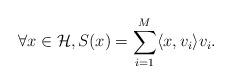
LaTeX: \begin{align*} \forall x \in \mathcal{H}, S(x) = \sum_{i=1}^M \langle x, v_i \rangle v_i.\end{align*}